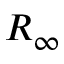
R _ { \infty }